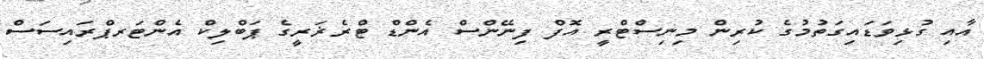
އާއި ގުޅިވަޑައިގަތުމުގެ ކުރިން މިނިސްޓްރީ އޮފް ފިނޭންސް އެންޑް ޓްރެޜަރީގެ ޕަބްލިކް އެންޓަރޕްރައިސަސް